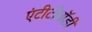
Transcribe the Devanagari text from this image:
एंटीटीबॉडी